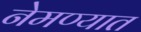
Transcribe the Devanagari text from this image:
नेमण्‍यात